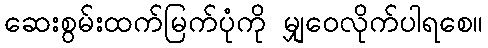
ဆေးစွမ်းထက်မြက်ပုံကို မျှဝေလိုက်ပါရစေ။